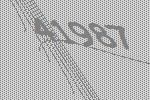
41987